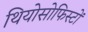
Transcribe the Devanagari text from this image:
थियोसोफिस्टों